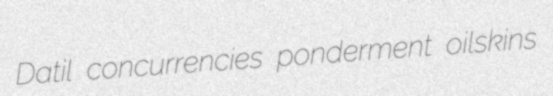
Datil concurrencies ponderment oilskins